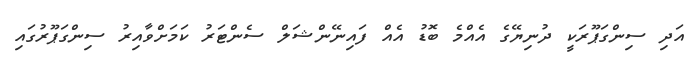
އަދި ސިންގަޕޫރަކީ ދުނިޔޭގެ އެއްމެ ބޮޑު އެއް ފައިނޭންޝަލް ސެންޓަރު ކަމަށްވާއިރު ސިންގަޕޫރުގައި